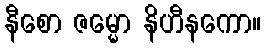
နီစော ဇမ္မော နိဟီနကော။